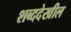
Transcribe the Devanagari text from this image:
शब्ददेखील